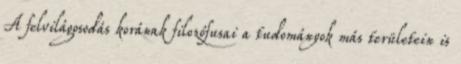
A felvilágosodás korának filozófusai a tudományok más területein is